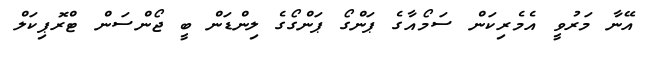
އޭނާ މަރުވީ އެމެރިކަން ސަމޯއާގެ ޕަންގޯ ޕަންގޯގެ ލިންޑަން ބީ ޖޯންސަން ޓްރޮޕިކަލް